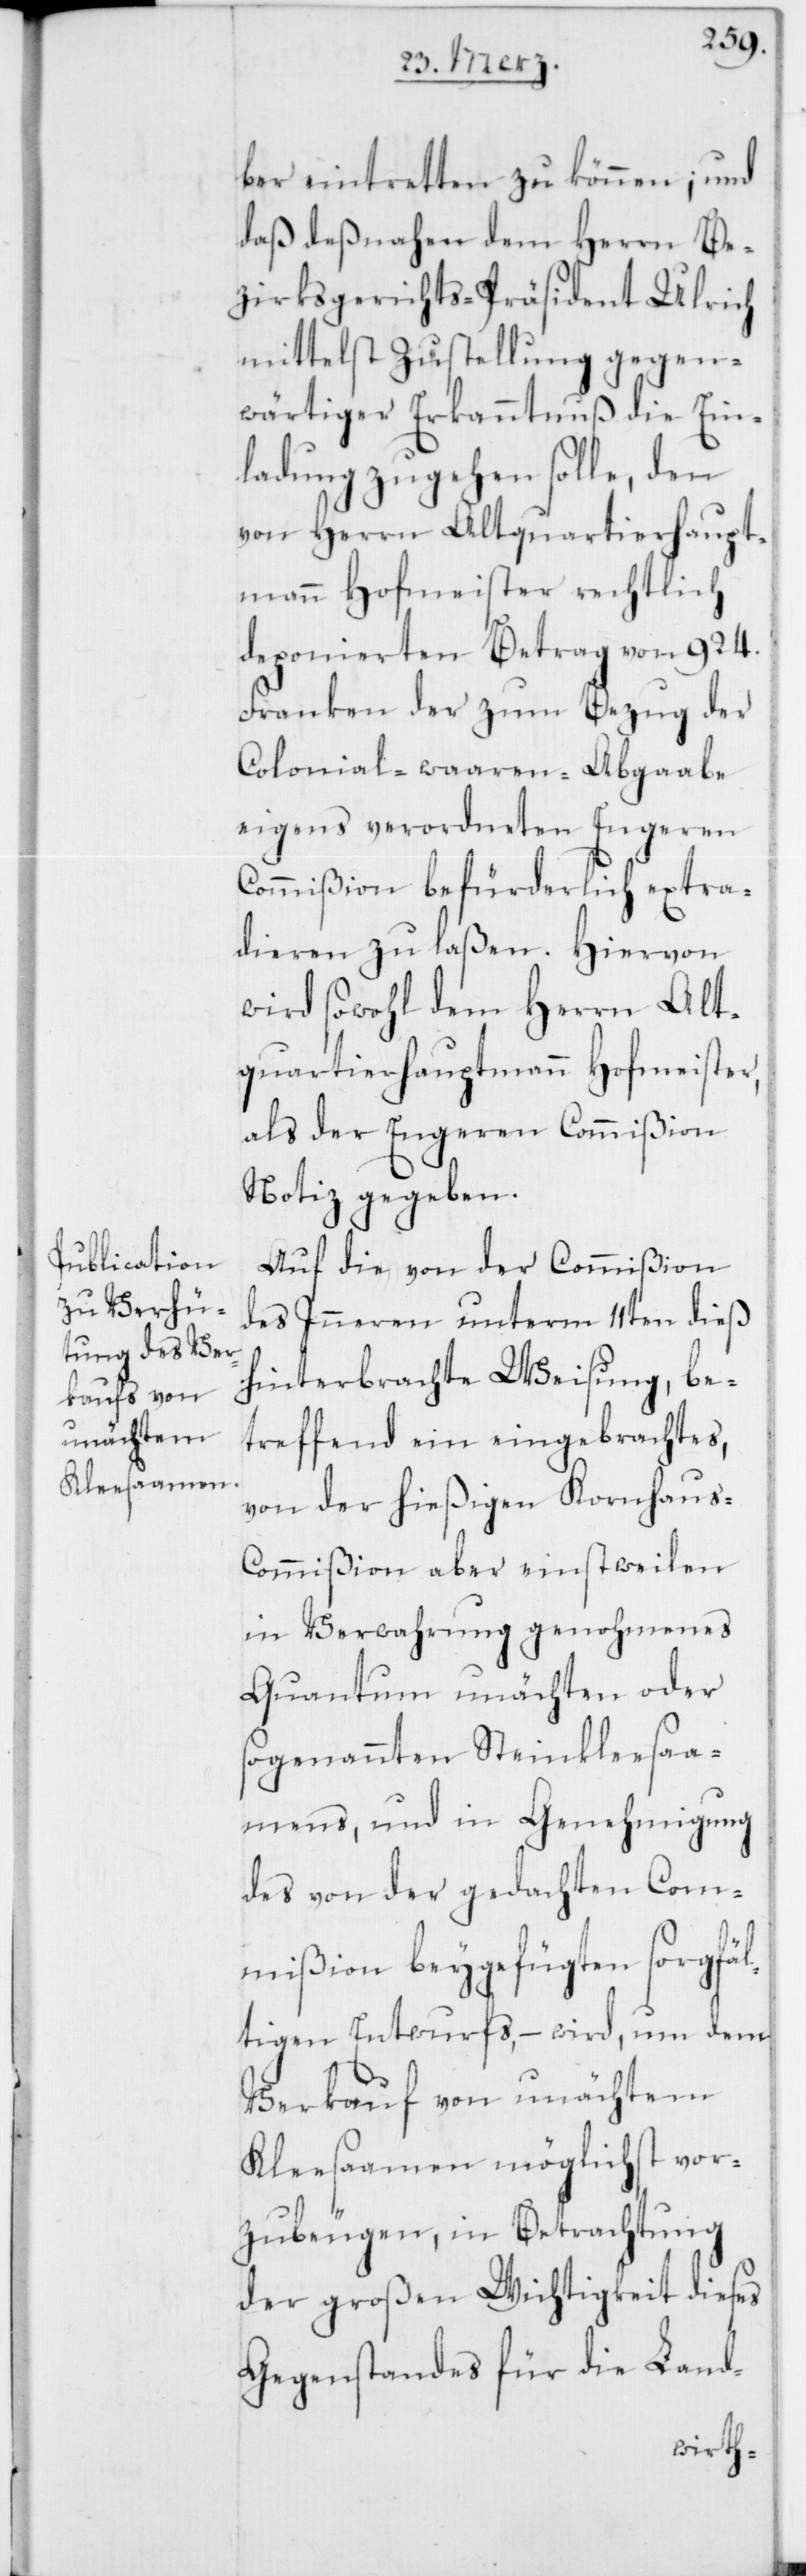
ber eintretten zu können; und
daß deßnahen dem Herrn Be¬
zirksgerichts-Präsident Ulrich
mittelst Zustellung gegen¬
wärtiger Erkanntnuß die Ein¬
ladung zugehen solle, den
von Herrn Altquartierhaupt¬
mann Hofmeister rechtlich
deponierten Betrag von 924.
Franken der zum Bezug der
Colonial-waaren-Abgaabe
eigens verordneten Engeren
Commißion befürderlich extra¬
dieren zu laßen. Hiervon
wird sowohl dem Herrn Alt¬
quartierhauptmann Hofmeister,
als der Engeren Commißion
Notiz gegeben.
Auf die von der Commißion
des Inneren unterm 11ten dieß
hinterbrachte Weisung, be¬
treffend ein eingebrachtes,
von der hießigen Kornhaus-C¬
ommißion aber einstweilen
in Verwahrung genohmenes
Quantum unächten oder
sogenannten Steinkleesaa¬
mens, und in Genehmigung
des von der gedachten Com¬
mißion beygefügten sorgfäl¬
tigen Entwurfs, – wird, um dem
Verkauf von unechtem
Kleesaamen möglichst vor¬
zubeugen, in Betrachtung
der großen Wichtigkeit dieses
Gegenstandes für die Land-